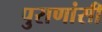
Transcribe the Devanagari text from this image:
पुराणांसी